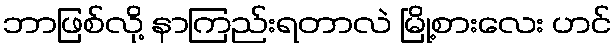
ဘာဖြစ်လို့ နာကြည်းရတာလဲ မြို့စားလေး ဟင်